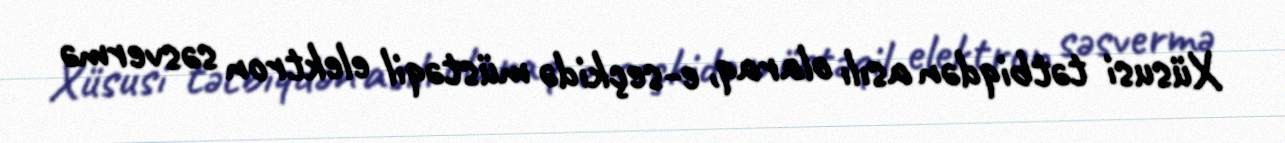
Xüsusi tətbiqdən asılı olaraq, e-seçkidə müstəqil elektron səsvermə